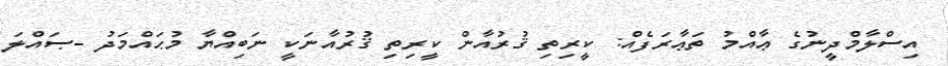
އިސްލާމްދީނުގެ ޢާއްމު ތަޢާރަފެއް: ކީރިތި ޤުރުއާން ކީރިތި ޤުރުއާނަކީ ނަބިއްޔާ މުޙައްމަދު -ޞައްލަ